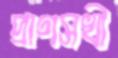
প্রাণসখী